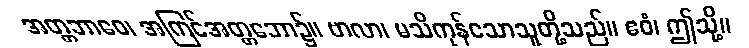
အတ္တဘာဝေ၊ အကြင်အတ္တဘော၌။ ဗာလာ၊ မသိကုန်သောသူတို့သည်။ ဧဝံ၊ ဤသို့။